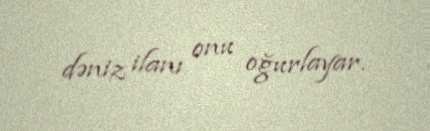
dəniz ilanı onu oğurlayar.